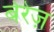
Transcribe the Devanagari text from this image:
बेरेज़